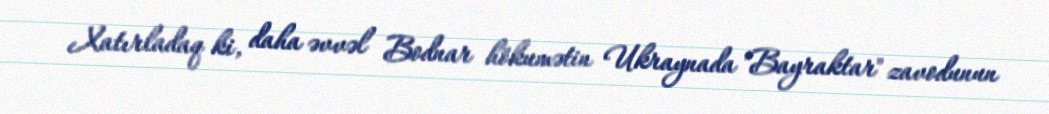
Xatırladaq ki, daha əvvəl Bodnar hökumətin Ukraynada "Bayraktar" zavodunun